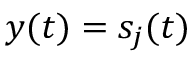
y ( t ) = s _ { j } ( t )